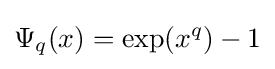
\Psi _{q}(x)=\exp(x^{q})-1